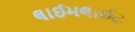
લાઈમલાઈટ